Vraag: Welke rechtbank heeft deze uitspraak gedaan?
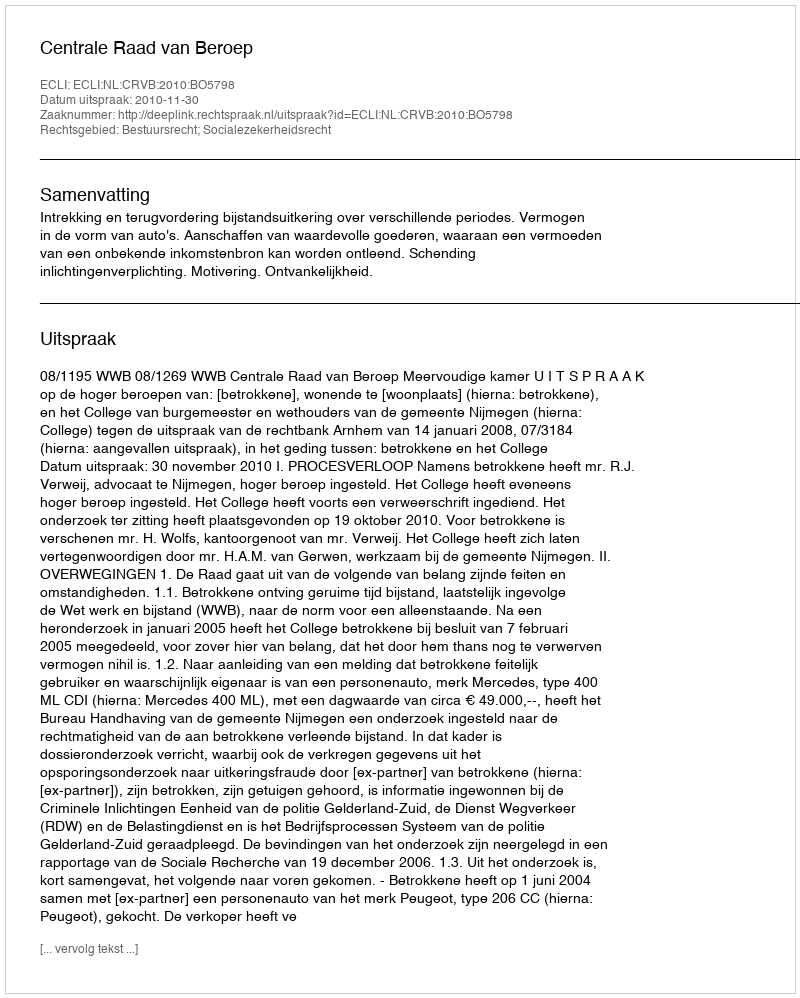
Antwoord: Centrale Raad van Beroep